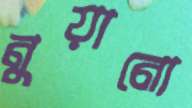
নুয়ানো